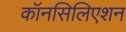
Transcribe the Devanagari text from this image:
कॉनसिलिएशन